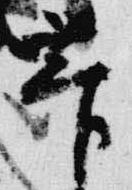
菅